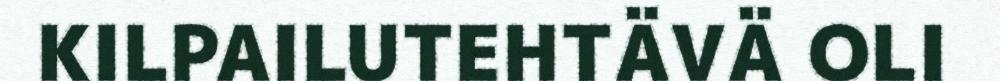
KILPAILUTEHTÄVÄ OLI